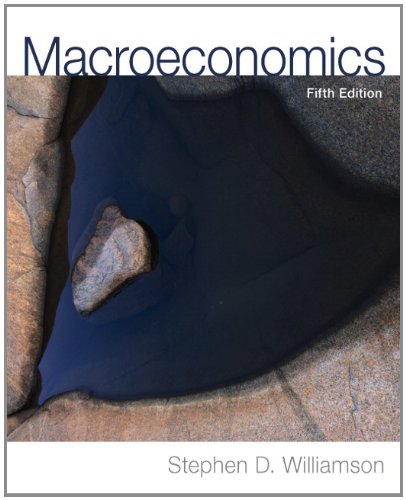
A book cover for Macroeconomics (5th Edition); Stephen D. Williamson; Business & Money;